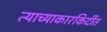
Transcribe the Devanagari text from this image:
त्याच्याकारकिर्दीत